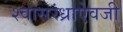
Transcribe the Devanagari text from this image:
श्वासरंध्राऐवजी